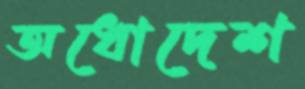
অধোদেশ